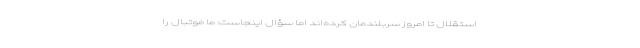
استقلال تا امروز سربلندمان کرده‌اند اما سؤال اینجاست: ما فوتبال را